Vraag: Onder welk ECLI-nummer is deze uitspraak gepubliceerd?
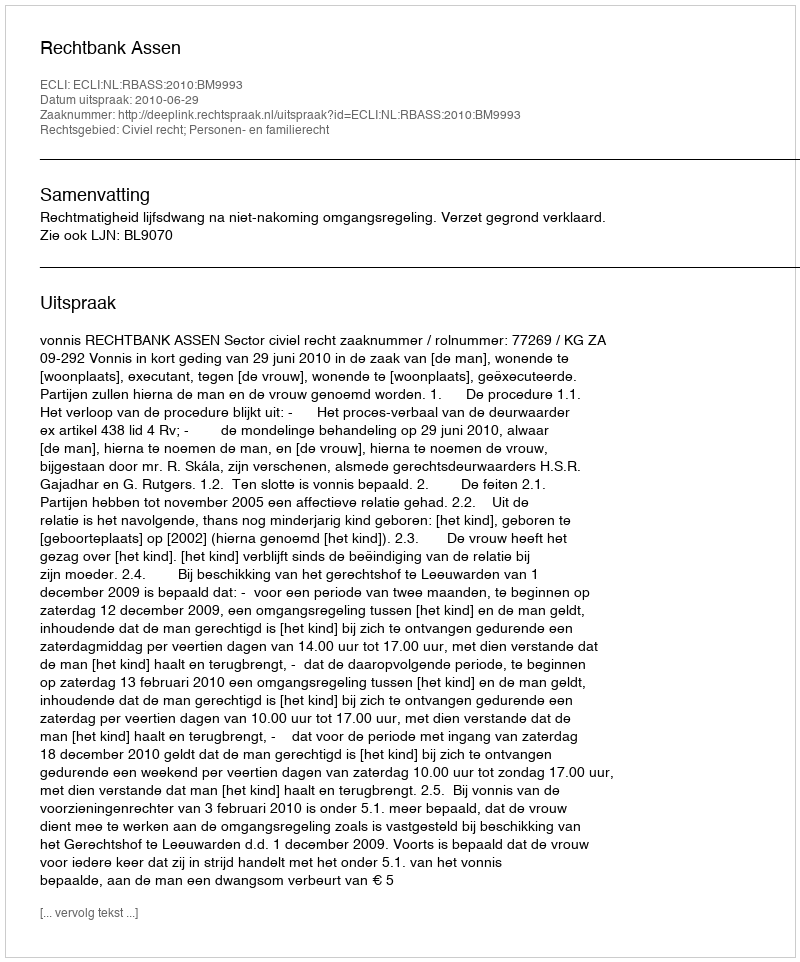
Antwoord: ECLI:NL:RBASS:2010:BM9993